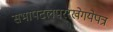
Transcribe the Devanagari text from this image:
सभापटलपररखेगयेपत्र